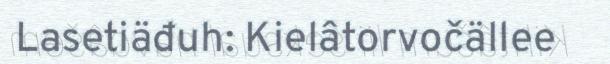
Lasetiäđuh: Kielâtorvočällee